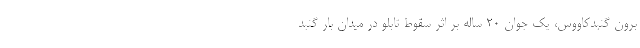
برون گنبدکاووس، یک جوان ۲۰ ساله بر اثر سقوط تابلو در میدان بار گنبد